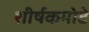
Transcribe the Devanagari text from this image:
शीर्षकमोटे